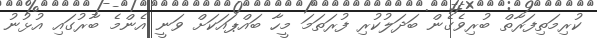
ކުރިމަތިފަރާތް ބުރިވެގެން ބަދަލުކުރި ފުރަތަމަ މީހާ ބައްޕައަކަށް ވަނީ އެންމެ ބާރުގައި އުޅުނު